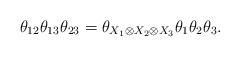
LaTeX: \begin{align*} \theta_{12}\theta_{13}\theta_{23} = \theta_{X_1\otimes X_2\otimes X_3}\theta_1\theta_2\theta_3. \end{align*}